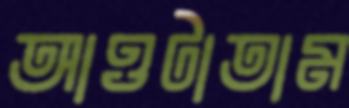
আওটাতাম